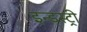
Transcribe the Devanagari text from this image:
इन्ड्स्ट्री